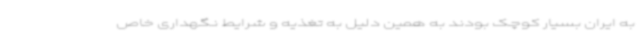
به ایران بسیار کوچک بودند به همین دلیل به تغذیه و شرایط نگهداری خاص